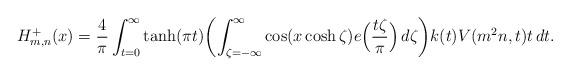
LaTeX: \begin{align*}H_{m, n}^+(x) = \frac{4}{\pi} \int_{t = 0}^\infty \tanh(\pi t) \biggl ( \int_{\zeta = -\infty}^\infty \cos(x \cosh \zeta) e\Bigl( \frac{t \zeta}{\pi} \Bigr) \, d \zeta \biggr ) k(t) V(m^2n, t) t \, d t.\end{align*}